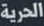
الحرية